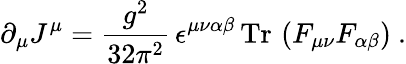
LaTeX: \partial_{\mu}J^{\mu}=\frac{g^{2}}{32\pi^{2}}\, \epsilon^{\mu\nu\alpha\beta}\, \mathrm{Tr}\, \left(F_{\mu\nu}F_{\alpha\beta}\right)\ .